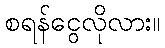
စရန်ငွေလိုလား။